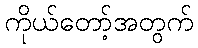
ကိုယ်တော့်အတွက်